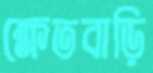
ক্ষেতবাড়ি